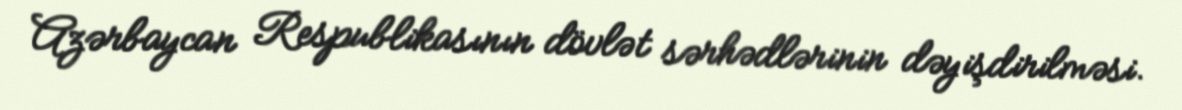
Azərbaycan Respublikasının dövlət sərhədlərinin dəyişdirilməsi.